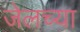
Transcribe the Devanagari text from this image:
जेलच्या